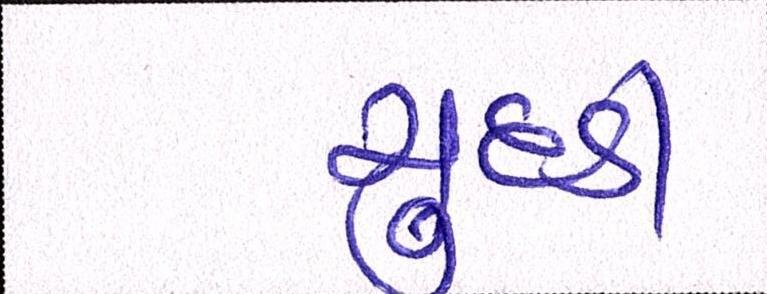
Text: ચુદડી